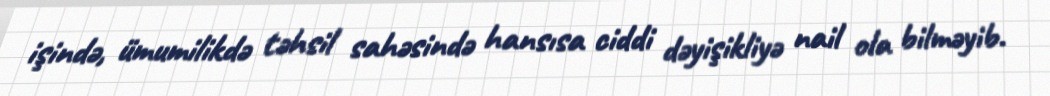
işində, ümumilikdə təhsil sahəsində hansısa ciddi dəyişikliyə nail ola bilməyib.